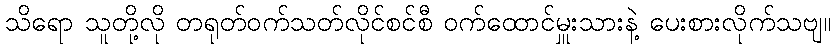
သိရော သူတို့လို တရုတ်ဝက်သတ်လိုင်စင်စီ ဝက်ထောင်မှူးသားနဲ့ ပေးစားလိုက်သဗျ။